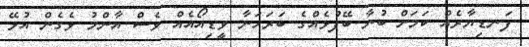
ފަނޑިޔާރެއް ކަމަށް ބުނާ ބޭފުޅެއްގެ ބަރަހަނާ ވީޑިއޯއެއް ވެސް އާންމު ވެގެން އުޅޭ